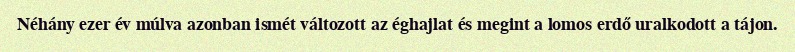
Néhány ezer év múlva azonban ismét változott az éghajlat és megint a lomos erdő uralkodott a tájon.